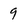
Character: 9